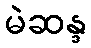
မဲဆန္ဒ